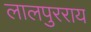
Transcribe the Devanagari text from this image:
लालपुरराय